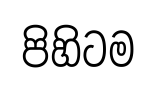
පිහිටම